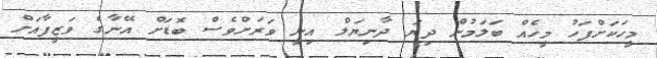
މީހަކަށްފަހު މީހެއް ބަލަމުން ދިޔަ ދާނިޔަލް އިނީ ވަރަށްވެސް ބޮޑަށް އޭނާގެ ވަޒީފާއަށް